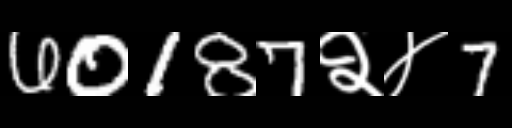
Text: 60187२४7